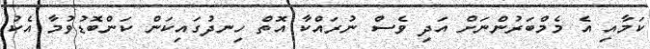
ކަމާއި އެ މެމްބަރުންނަށް އަދި ވެސް ނުރައްކާ އޮތް ހިނދުގައިކަން ކަންބޮޑުވުމާ އެކު